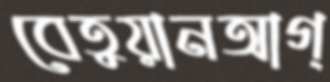
বেতুয়ানআগ্